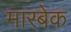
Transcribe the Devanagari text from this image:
मारबेक